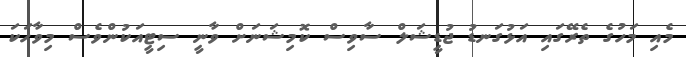
މެއި މަހުގެ ތެރޭގައި އަޅުގަނޑު ޖުޑީޝަލް ސާވިސް ކޮމިޝަނަށް ވާނީ ސިޓީއަކުންވެސް މިވާހަކަ